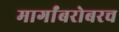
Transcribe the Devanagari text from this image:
मार्गांबरोबरच